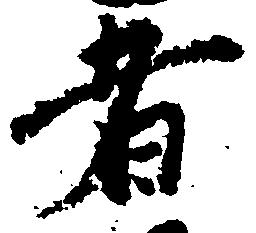
者